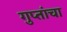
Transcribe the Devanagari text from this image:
गुप्तांचा